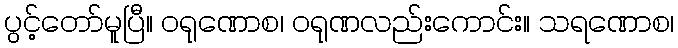
ပွင့်တော်မူပြီ။ ဝရုဏောစ၊ ဝရုဏလည်းကောင်း။ သရဏောစ၊